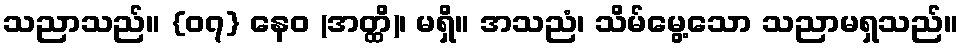
သညာသည်။ {၀၇} နေဝ (အတ္ထိ)၊ မရှိ။ အသညံ၊ သိမ်မွေ့သော သညာမရှသည်။